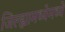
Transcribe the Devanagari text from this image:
जिल्ह्यामध्येमध्ये